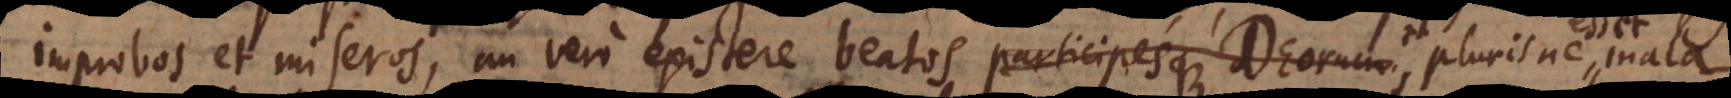
improbos et miseros, an vero existere beatos, participesque Deorum, plurisne esset